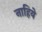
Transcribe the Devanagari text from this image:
नाहिये